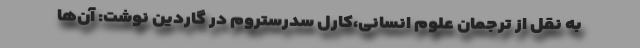
به نقل از ترجمان علوم انسانی،کارل سدرستروم در گاردین نوشت: آن‌ها